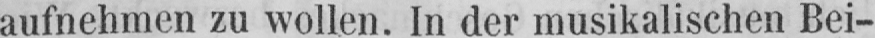
aufnehmen zu wollen. In der musikalischen Bei-